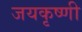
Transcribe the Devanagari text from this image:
जयकृष्णी